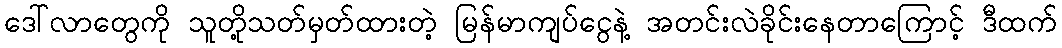
ဒေါ်လာတွေကို သူတို့သတ်မှတ်ထားတဲ့ မြန်မာကျပ်ငွေနဲ့ အတင်းလဲခိုင်းနေတာကြောင့် ဒီထက်